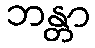
ဘန္တာ